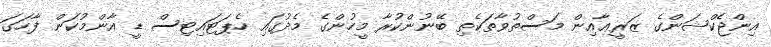
އިންޖެކްޝަންގެ ޒަރީޢާއިން މަސްތުވާތަކެތި ބޭނުންކުރާ މީހުންގެ މެދުގައި ހެޕަޓައިޓިސް ޑީ އާންމުކަން ފާހަގަ